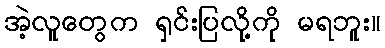
အဲ့လူတွေက ရှင်းပြလို့ကို မရဘူး။